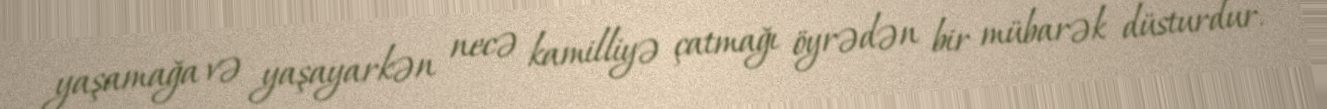
yaşamağa və yaşayarkən necə kamilliyə çatmağı öyrədən bir mübarək düsturdur.